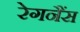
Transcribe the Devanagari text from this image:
रेगनैंस